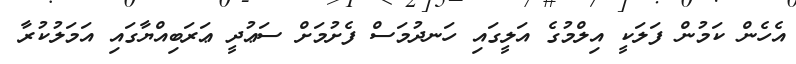
އެހެން ކަމުން ފަލަކީ އިލްމުގެ އަލީގައި ހަނދުމަސް ފެށުމަށް ސަޢުދީ ޢަރަބިއްޔާގައި އަމަލުކުރާ